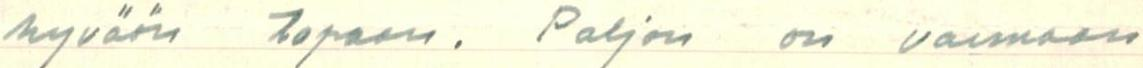
hyvään tapaan. Paljon on varmaan